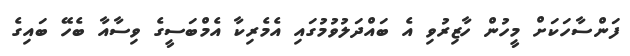
ފަންސާހަކަށް މީހުން ހާޒިރުވި އެ ބައްދަލުވުމުގައި އެމެރިކާ އެމްބަސީގެ ވިސާއާ ބެހޭ ބައިގެ